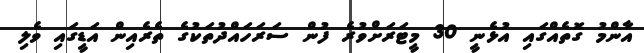
އާންމު ގޮތެއްގައި އުޅެނީ 30 މީޓަރަށްވުރެ ފުން ސަރަހައްދުތަކުގެ ތެރެއިން އަޑީގައި ވެލި